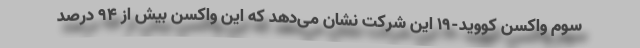
سوم واکسن کووید-۱۹ این شرکت نشان می‌دهد که این واکسن بیش از ۹۴ درصد